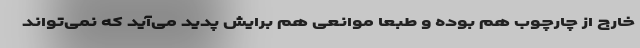
خارج از چارچوب هم بوده و طبعا موانعی هم برایش پدید می‌آید که نمی‌تواند